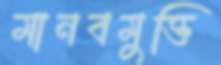
মানবমুক্তি